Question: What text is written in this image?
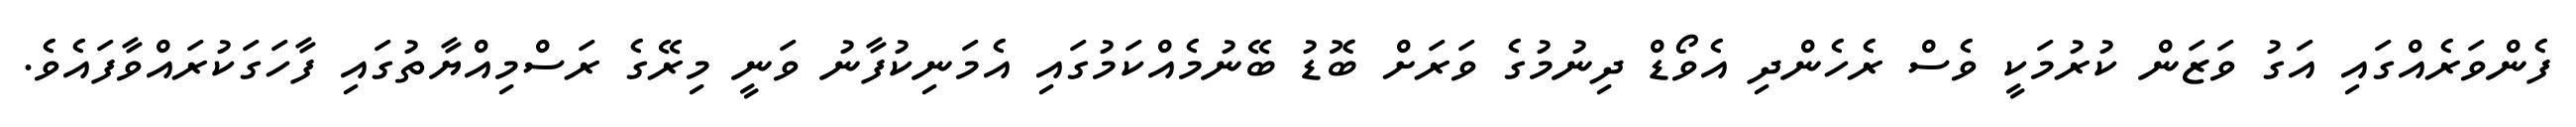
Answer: ފެންވަރެއްގައި އަގު ވަޒަން ކުރުމަކީ ވެސް ރެހެންދި އެވޯޑް ދިނުމުގެ ވަރަށް ބޮޑު ބޭނުމެއްކަމުގައި އެމަނިކުފާނު ވަނީ މިރޭގެ ރަސްމިއްޔާތުގައި ފާހަގަކުރައްވާފައެވެ.